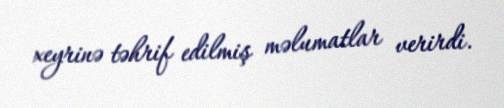
xeyrinə təhrif edilmiş məlumatlar verirdi.